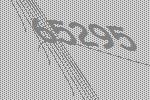
65295